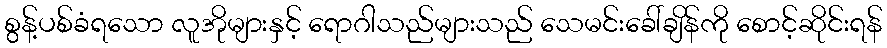
စွန့်ပစ်ခံရသော လူအိုများနှင့် ရောဂါသည်များသည် သေမင်းခေါ်ချိန်ကို စောင့်ဆိုင်းရန်